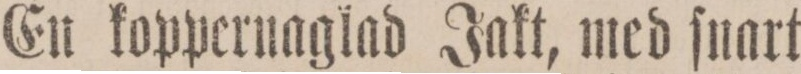
En koppernaglad Jakt, med ſnart